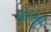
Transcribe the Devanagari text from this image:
पुरातून